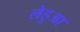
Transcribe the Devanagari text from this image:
लेहुआ